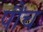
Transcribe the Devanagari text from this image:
पौंच